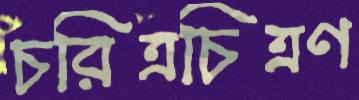
চরিত্রচিত্রণ